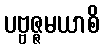
ပဗ္ဗဇ္ဇမယာစိ